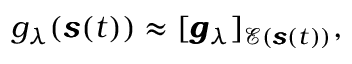
\begin{array} { r } { g _ { \lambda } ( \pmb { s } ( t ) ) \approx [ \pmb { g } _ { \lambda } ] _ { \mathcal { E } ( \pmb { s } ( t ) ) } , } \end{array}